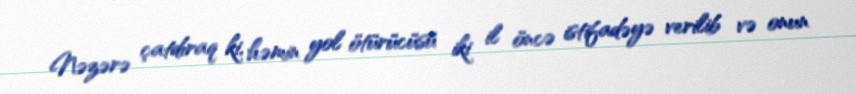
Nəzərə çatdıraq ki, həmin yol ötürücüsü iki il öncə istifadəyə verilib və onun